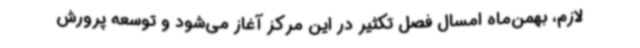
لازم، بهمن‌ماه امسال فصل تکثیر در این مرکز آغاز می‌شود و توسعه پرورش